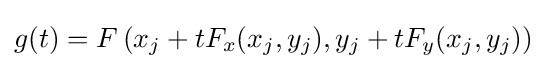
g(t)=F\left(x_{j}+tF_{x}(x_{j},y_{j}),y_{j}+tF_{y}(x_{j},y_{j})\right)\